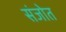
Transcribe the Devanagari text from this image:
संजोत